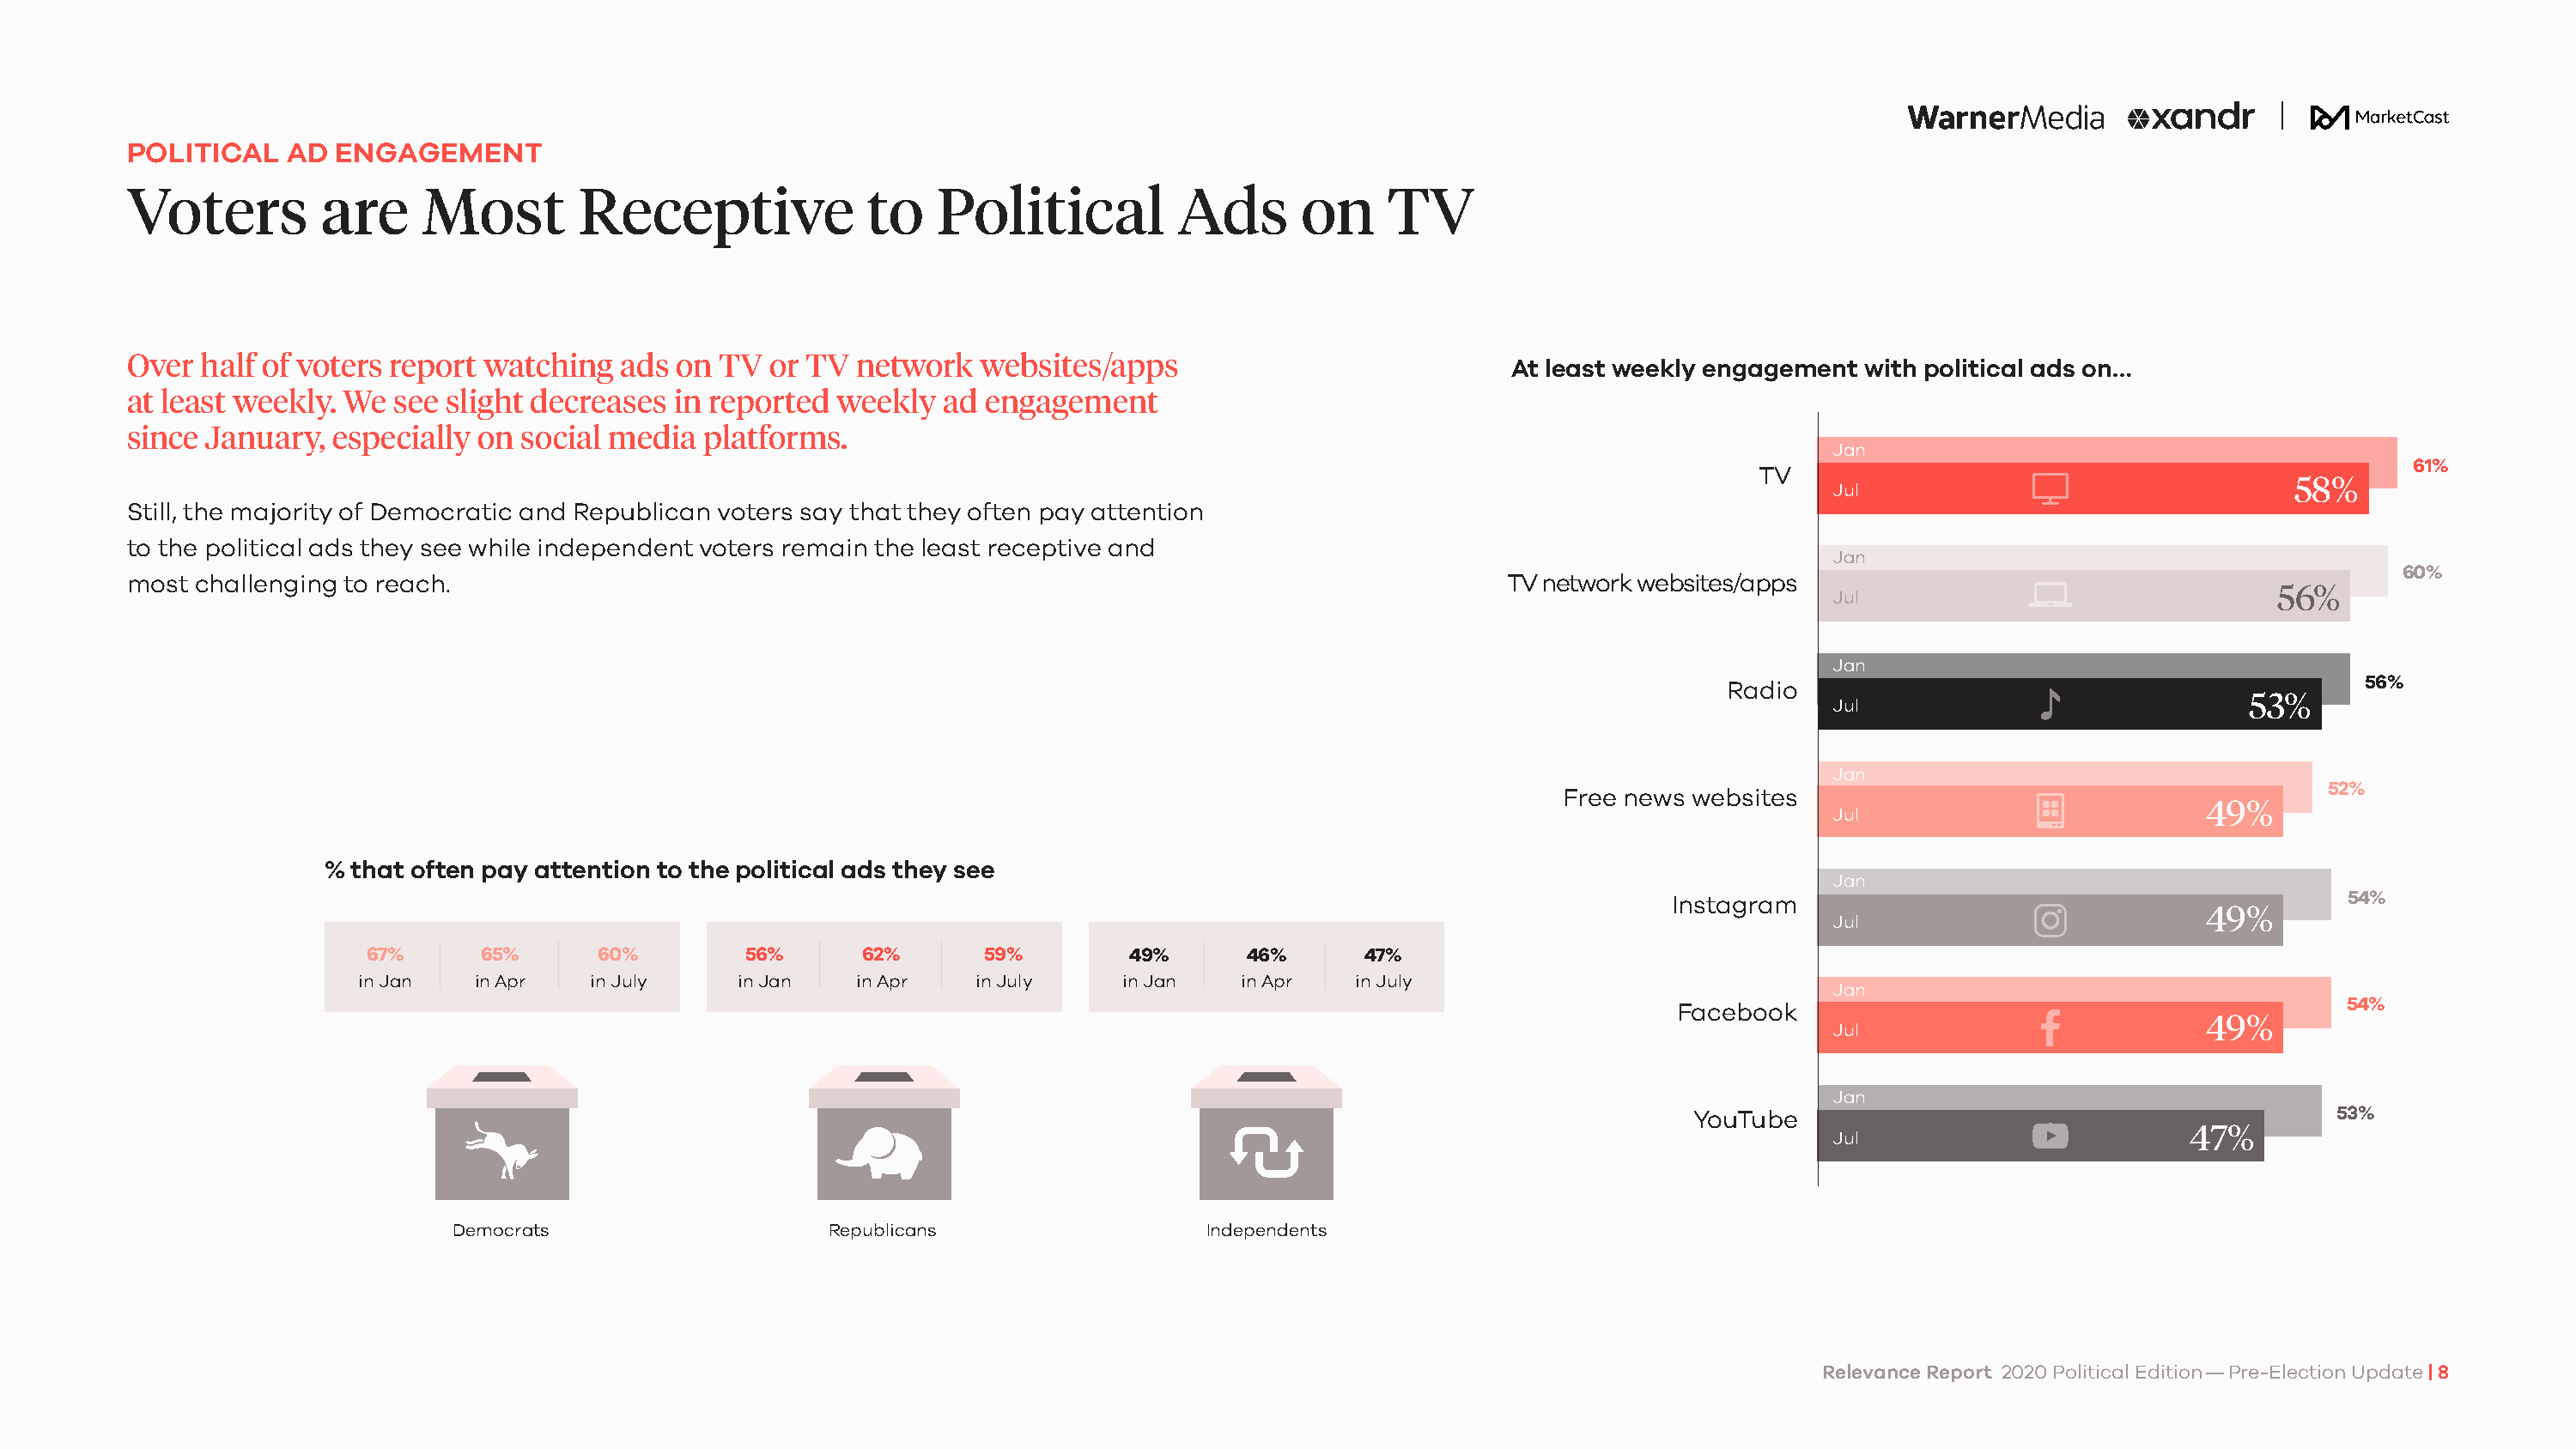
POLITICAL   AD  ENGAGEMENT
 Voters         are     Most        Receptive             to   Political          Ads      on     TV
 Over half of voters report watching   ads on TV  or TV  network   websites/apps                            At least weekly engagement with political ads on…
 at least weekly. We see slight decreases  in reported  weekly  ad engagement
 since January,  especially on social media  platforms.
 Jan
 61%
 TV
 58%
 Jul
 Still, the majority of Democratic and Republican voters say that they often pay attention
 to the political ads they see while independent voters remain the least receptive and
 Jan
 60%
 most challenging to reach.                                                                                TV network websites/apps
 56%
 Jul
 Jan
 56%
 Radio
 53%
 Jul
 Jan
 52%
 Free news websites
 49%
 Jul
 % that often pay attention to the political ads they see
 Jan
 Instagram                                           54%
 49%
 Jul
 67%      65%      60%        56%      62%       59%        49%      46%      47%
 in Jan   in Apr   in July    in Jan   in Apr   in July     in Jan   in Apr   in July
 Jan
 54%
 Facebook
 49%
 Jul
 Jan
 YouTube                                          53%
 47%
 Jul
 Democrats                    Republicans                  Independents
 Relevance Report 2020 Political Edition — Pre-Election Update | 8